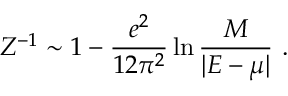
Z ^ { - 1 } \sim 1 - \frac { e ^ { 2 } } { 1 2 \pi ^ { 2 } } \ln { \frac { M } { | E - \mu | } } \ .